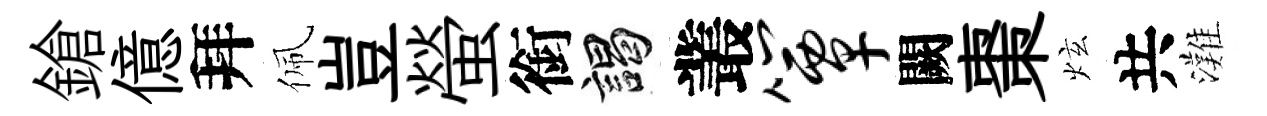
鎗億拜佩豈螢銜謁叢簟闕棗炫共灘